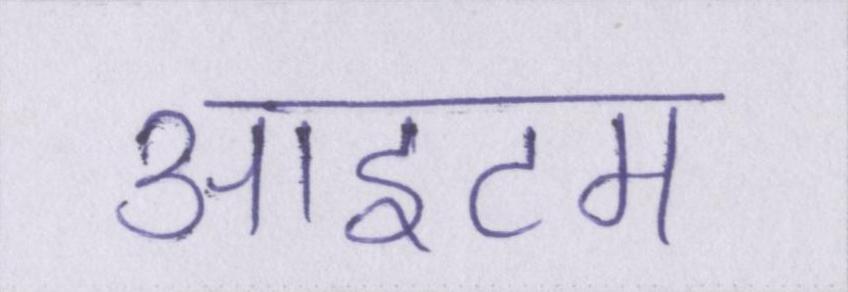
आइटम